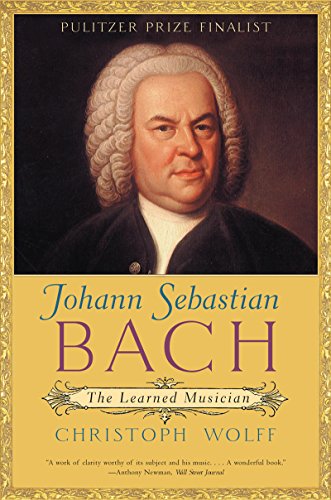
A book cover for Johann Sebastian Bach: The Learned Musician; Christoph Wolff; Arts & Photography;